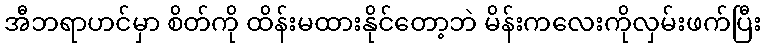
အီဘရာဟင်မှာ စိတ်ကို ထိန်းမထားနိုင်တော့ဘဲ မိန်းကလေးကိုလှမ်းဖက်ပြီး